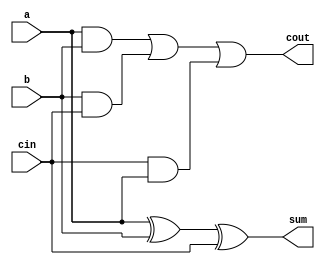
module FullAdder(
	input a, b, cin,
	output sum, cout
);
	assign sum = a^b^cin;
	assign cout = (a&b)|(b&cin)|(cin&a);
endmodule

module RippleCarryFA( // 4-bit version
	input  [3:0] a, b,
	output [3:0] sum,
	output cout
);
	wire w0, w1, w2;
	FullAdder u0( .a(a[0]), .b(b[0]), .cin(1'b0), .sum(sum[0]), .cout(w0)   );
	FullAdder u1( .a(a[1]), .b(b[1]), .cin(w0),   .sum(sum[1]), .cout(w1)   );
	FullAdder u2( .a(a[2]), .b(b[2]), .cin(w1),   .sum(sum[2]), .cout(w2)   );
	FullAdder u3( .a(a[3]), .b(b[3]), .cin(w2),   .sum(sum[3]), .cout(cout) );
endmodule